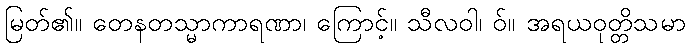
မြတ်၏။ တေနတသ္မာကာရဏာ၊ ကြောင့်။ သီလဝါ၊ ဝ်။ အရယဝုတ္တိသမာ